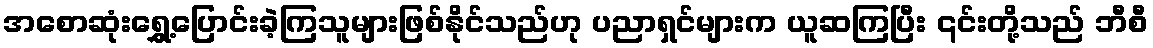
အစောဆုံးရွှေ့ပြောင်းခဲ့ကြသူများဖြစ်နိုင်သည်ဟု ပညာရှင်များက ယူဆကြပြီး ၎င်းတို့သည် ဘီစီ